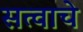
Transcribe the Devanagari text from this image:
सत्वाचे